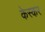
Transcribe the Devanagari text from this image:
केस्कर